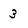
Character: 3